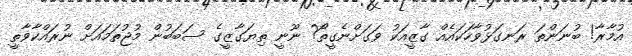
އުމާރާ! ބުނަންތަ ރަނގަޅުވާހަކައެއް ގާޒީއަކު ވަގަށްނެގީތޯ? ނޫނީ ތިޔަގާޒީގެ ސަބަބުން މުޖުތަމައަށް ނުރައްކާވާތީ